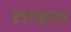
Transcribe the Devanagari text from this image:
ष्टांगहृदय